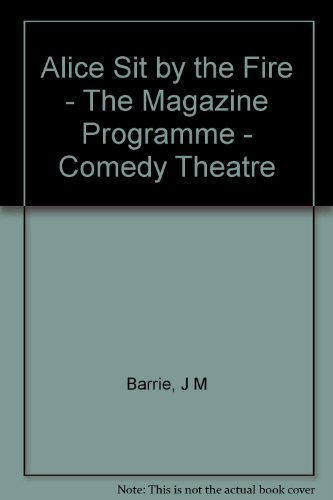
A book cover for Alice Sit by the Fire - The Magazine Programme - Comedy Theatre; J M Barrie; History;